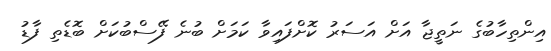
އިންތިހާބުގެ ނަތީޖާ އަށް އަސަރު ކޮށްފައިވާ ކަމަށް ބުނެ ފޭސްބުކަށް ބޮޑެތި ފާޑު